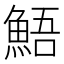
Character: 鯃